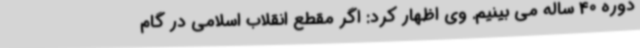
دوره 40 ساله می‌ بینیم. وی اظهار کرد: اگر مقطع انقلاب اسلامی در گام